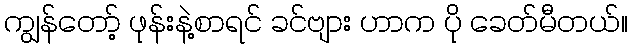
ကျွန်တော့် ဖုန်းနဲ့စာရင် ခင်ဗျား ဟာက ပို ခေတ်မီတယ်။